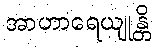
အာဟာရေယျုန္တိ